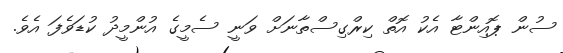
ސުން ޕޮއިންޓާ އެކު އޮތް ކިރްގިސްތާނަށް ވަނީ ސެމީގެ އުންމީދު ކުޑަވެފަ އެވެ.